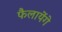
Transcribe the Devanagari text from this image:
फैलायेंगे